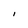
Character: I